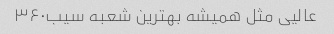
عالیی مثل همیشه بهترین شعبه سیب۳۶۰